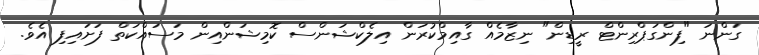
ގަންނަ "ފިންގަޕްރިންޓް ރީޑިން" ނިޒާމެއް ގާއިމްކުރަން އިލެކްޝަންސް ކޮމިޝަންއިން މަސައްކަތް ފަށައިފި އެވެ.